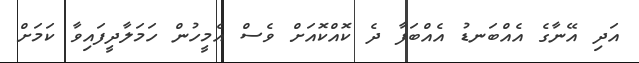
އަދި އޭނާގެ އެއްބަނޑު އެއްބަފާ ދެ ކޮއްކޮއަށް ވެސް އެމީހުން ހަމަލާދީފައިވާ ކަމަށް